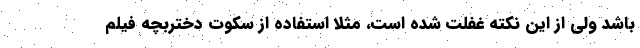
باشد ولی از این نکته غفلت شده است، مثلا استفاده از سکوت دختربچه فیلم